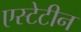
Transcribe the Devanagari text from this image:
एस्टेटीन